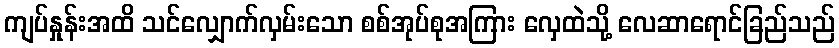
ကျပ်နှုန်းအထိ သင်လျှောက်လှမ်းသော စစ်အုပ်စုအကြား လှေထဲသို့ လေဆာရောင်ခြည်သည်